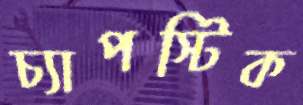
চ্যাপস্টিক